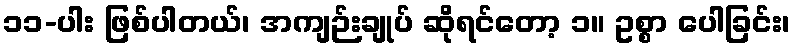
၁၁-ပါး ဖြစ်ပါတယ်၊ အကျဉ်းချုပ် ဆိုရင်တော့ ၁။ ဥစ္စာ ပေါခြင်း၊